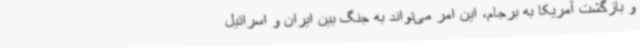
و بازگشت آمریکا به برجام، این امر می‌تواند به جنگ بین ایران و اسرائیل